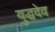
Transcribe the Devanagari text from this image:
युद्धदेव